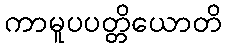
ကာမူပပတ္တိယောတိ